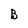
Character: B